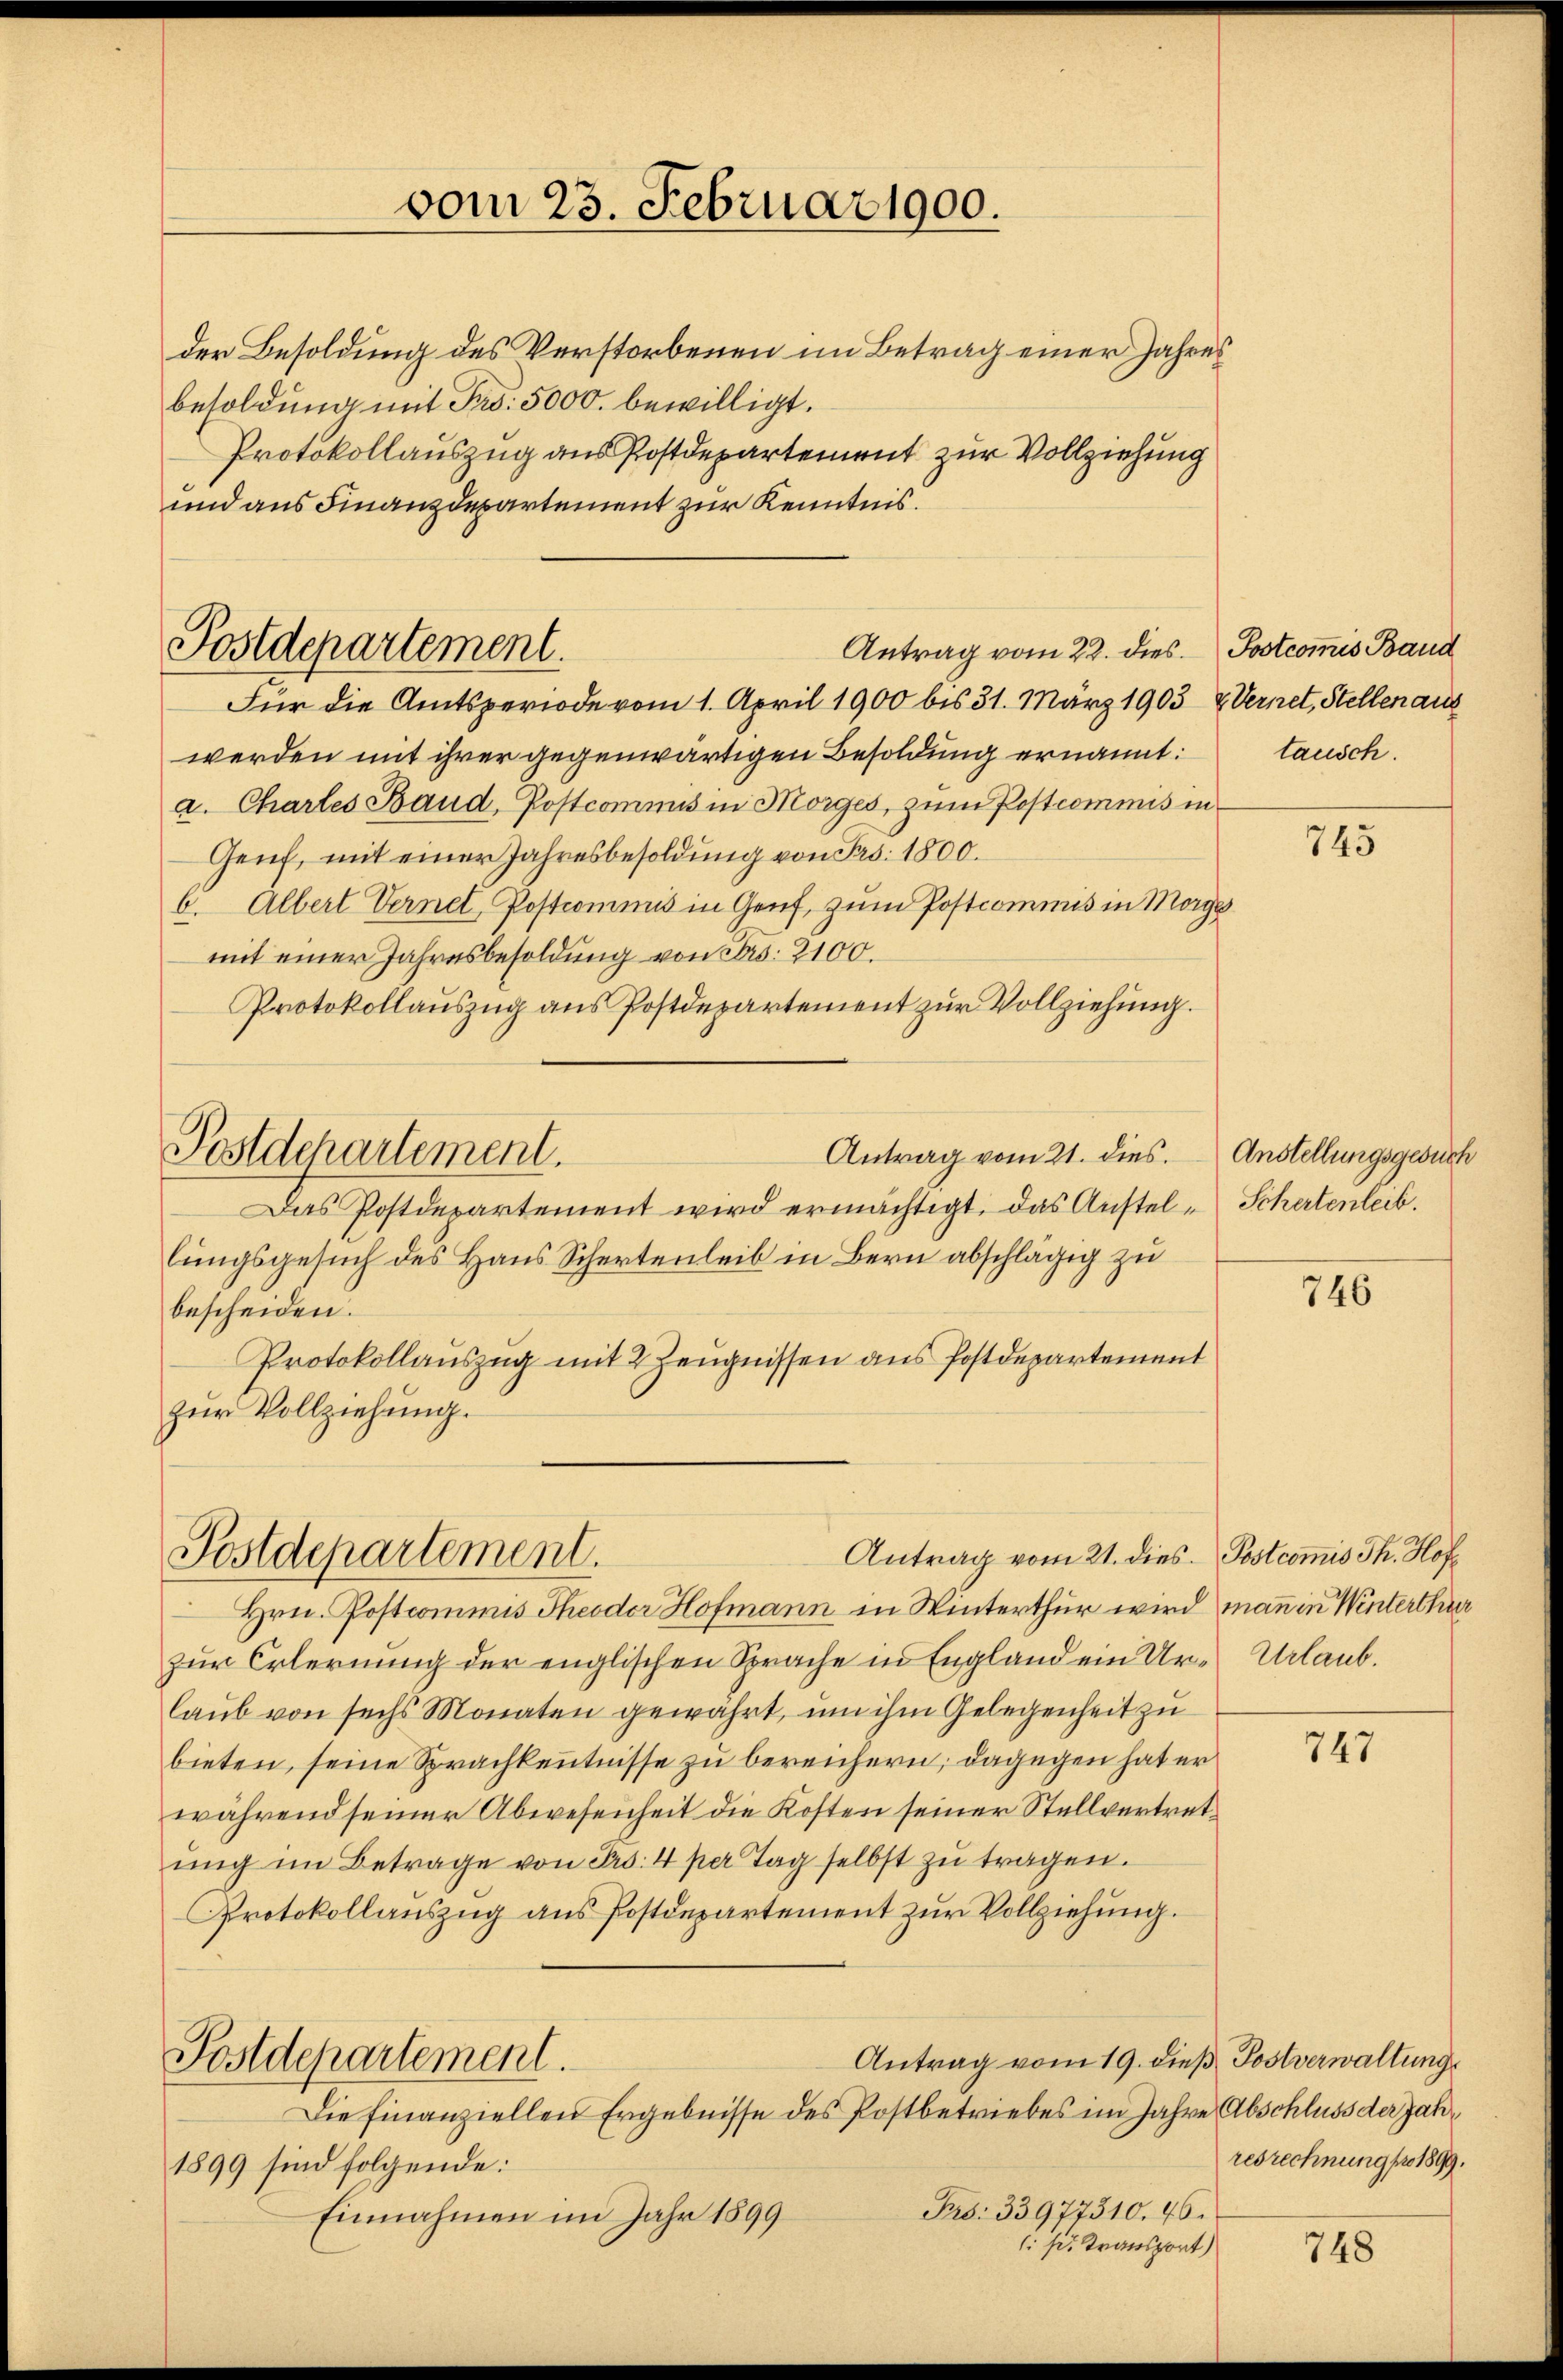
Postdepartement.

der Besoldung des Verstorbenen im Betrag einer Jahres
besoldung mit Fr. 5000. bewilligt.
Protokollauszug aus Postdepartement zur Vollziehung
und aus Finanzdepartement zur Kenntnis.
Antrag vom 22. dies Jostcommis Baud
Für die Amtsperiode vom 1. April 1900 bis 31. März 1903 & Vernet, Stellen aus
werden mit ihrer gegenwärtigen Besoldung ernannt:
a. Chartes Baud, Postcommis in Morges, zum Postcommis in
Genf, mit einer Jahresbesoldung von Frs. 1800.
6. Albert Vernet, Postcommis in Genf, zum Postcommis in Morge
mit einer Jahresbesoldung von Frs. 2100.
Protokollauszug aus Postdepartement zur Vollziehung.
Antrag vom 21. dies.
Postdepartement.
Das Postdepartement wird ermächtigt. Das Anstel-Schertenleib
lungsgesuch des Haus Schertenleib in Bern abschlägig zu
bescheiden.
Protokollauszug mit 2 Zeugnissen aus Postdepartement
zŭr Vollziehŭng.

Postdepartement.

vom 23. Februar 1900.

Antrag vom 21. dies. Postcom̅is Th. Hof

Hrn. Postcommis Theodor Hofmann in Winterthur wird mann in Winterthur
zur Erlernung der englischen Sprache in England ein Ure Urlaub.
laub von sechs Monaten gewährt, um ihm Gelegenheit zu
bieten, seine Sprachkenntnisse zu bereichern; dagegen hat er
während seiner Abwesenheit die Kosten seiner Stellvertretŭng im Betrage von Pro. 4 per Tag selbst zŭ tragen.
Protokollauszug aus Postdepartement zur Vollziehung.
Antrag vom 19. dieß Postverwaltung
Postdepartement.
Die Finanziellen Ergebnisse des Postbetriebes im Jahre Abschluss der Jah¬
1899 sind folgende:
Pro: 33977310. 46.
Einnahmen im Jahr 1899
1. s. Transport)

tausch.

745

Anstellungsgesuch

746

747

resrechnung pro 1899.

748